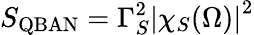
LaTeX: S_{\mathrm{QBAN}}=\Gamma_{S}^{2}\left|\chi_{S}(\Omega)\right|^{2}